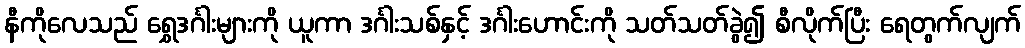
နီကိုလေသည် ရွှေဒင်္ဂါးများကို ယူကာ ဒင်္ဂါးသစ်နှင့် ဒင်္ဂါးဟောင်းကို သတ်သတ်ခွဲ၍ စီလိုက်ပြီး ရေတွက်လျက်